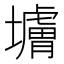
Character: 𰊼